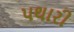
પથારી